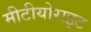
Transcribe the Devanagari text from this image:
मीटीयोराइट